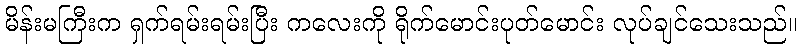
မိန်းမကြီးက ရှက်ရမ်းရမ်းပြီး ကလေးကို ရိုက်မောင်းပုတ်မောင်း လုပ်ချင်သေးသည်။